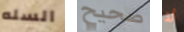
السله صحيح لا